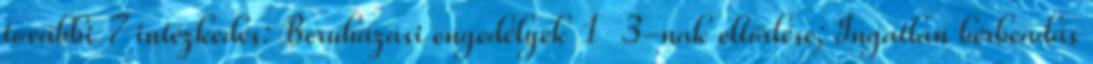
további 7 intézkedés: Beruházási engedélyek 1 3-nak eltörlése; Ingatlan bérbeadás